Medical and sanitary report of the native army of Bengal for the year
Year: 1875
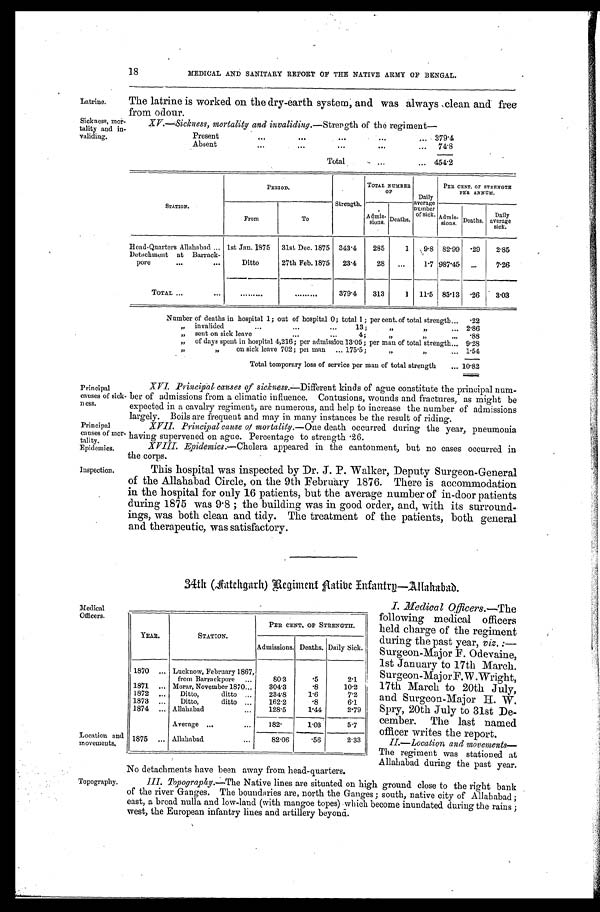
Latrine.
Sickness, mor
-tality and in
-validing.
Principal
causes of sick
-ness.
Principal
causes of mor-
tali ty_
Epidemics.
Inspection.
18
MEDICAL AND SANITARY REPORT OF THE NATIVE ARMY OF BENGAL.
The latrine is worked on the dry-earth system, and was always clean and free
from odour.
XV.—Sickness, mortality and invaliding .—Strength of the regiment—
Present . . .
379.4
Absent . . .
74.8
Total . . .
454.2
STATION.
PERIOD.
Strength.
TOTAL NUMBER
O F
Daily
average
number
of sick.
PER CENT. OF STRENGTH
PER ANNUM
A d m i s - sions. Deaths.
Admis-
sions. Deaths.
Daily
average
s i c k .
From
To
Head-Quarters Allahabad . . . 1st Jan. 1875
31st Dec. 1875 343.4
285
1
9.8 82.99 .29
2.85
Ditto
27th Feb. 1875
23.4
28
. . .
1.7 987.45
. . .
7.26
Detachment at Barrack-pore . . .
TOTAL . . .
. . .
. . .
379.4
313
1
11.5 85.13 .26
3.03
Number of deaths in hospital 1; out of hospital 0; total 1; per cent of total strength. . . . .22
" invalided . . . 13; " " . . .
2.86
" " s e n t o n s i c k l e a v e . . . 4 ; " " . . .
.88
" of days spent in hospital 4,216; per admission 13.05; per man of total strength . . . 9.28
" on sick leave 702; per man . . . 175.5; " " . . .
1.54
Total temporary loss of service per man of total strength . . . 10.82
XVI. Principal causes of sickness .—Different kinds of ague constitute the principal num
- b e r o f a d m i s s i o n s f r o m a c l i m a t i c i n f l u e n c e . C o n t u s i o n s , w o u n d s a n d f r a c t u r e s , a s m i g h t b e
expected in a cavalry regiment, are numerous, and help to increase the number of admissions
largely. Boils are frequent and may in many instances be the result of riding.
XVII. Principal cause of mortality .—One death occurred during the year, pneumonia
having supervened on ague. Percentage to strength .26.
XVIII. Epidemics .—Cholera appeared in the cantonment, but no cases occurred in
the corps.
This hospital was inspected by Dr. J. P. Walker, Deputy Surgeon-General
of the Allahabad Circle, on the 9th February 1876. There is accommodation
in the hospital for only 16 patients, but the average number of in-door patients
during 1875 was 9.8 ; the building was in good order, and, with its surround
-ings, was both clean and tidy. The treatment of the patients, both general
and therapeutic, was satisfactory.
34th Aatehgarh Regiment Native Infantry—Allahabad.
Medical
Officers.
Location and
movements.
Topography.
I . M e d i c a l O f f i c e r s
. — T h e
following medical officers
held charge of the regiment
during the past year, viz. : —
Surgeon-Major F. Odevaine,
1 s t J a n u a r y t o 1 7 t h M a r c h .
Surgeon-Major F. W .Wright,
17th March to 20th July,
and Surgeon-Major H. W.
Spry, 20th July to 31st De
- c e m b e r . T h e l a s t n a m e d
officer writes the report.
YEAR.
STATION.
PER CENT. OF STRENGTH.
Admissions. Deaths. Daily Sick.
1870 . . . Lucknow, February 1867,
from Barrackpore . . .
80.3
.5
2.1
1871 . . . Morar, November 1870 . . .
304.3
.8
10.2
1872 . . .
Ditto, ditto . . .
234.8
1.6
7.2
1873 . . .
Ditto, ditto . . .
162.2
.8
6.1
1874 . . . Allahabad . . .
128.5
1.44
2.79
Average . . .
182.
1.03
5.7
1875 . . . Allahabad . . .
82.06
.56
2.33
II.—Location and movements
—The regiment was stationed at
Allahabad during the past year.
No detachments have been away from head-quarters.
III. Topography .—The Native lines are situated on high ground close to the right bank
of the river Ganges. The boundaries are, north the Ganges ; south, native city of Allahabad ;
east, a broad nulla and low-land (with mangoe topes) which become inundated during the rains ;
west, the European infantry lines and artillery beyond.